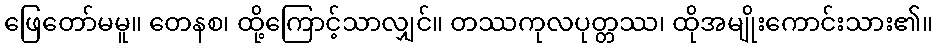
ဖြေတော်မမူ။ တေနစ၊ ထို့ကြောင့်သာလျှင်။ တဿကုလပုတ္တဿ၊ ထိုအမျိုးကောင်းသား၏။